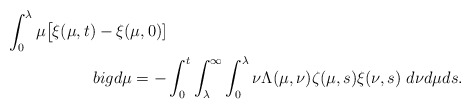
\begin{align*}\int_{0}^{\lambda}\mu\big[\xi(\mu,t)-\xi(\mu,0)]\\big d\mu=-&\int_{0}^{t}\int_{\lambda}^{\infty}\int_{0}^{\lambda}\nu\Lambda(\mu,\nu) \zeta(\mu,s)\xi(\nu,s)\ d\nu d\mu ds.\end{align*}